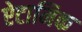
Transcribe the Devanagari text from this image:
ऐटामिक